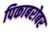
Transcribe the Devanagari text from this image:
पिकाबरोबर